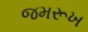
જમરૂખ